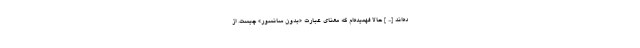
ده‌اند [... ] حالا فهمیده‌ام که معنای عبارت «بدون سانسور» چیست. از